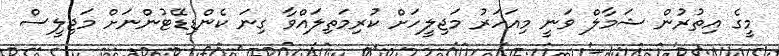
މީގެ އިތުރުން ޝަމާލް ވަނީ މިއަހަރު މަޖިލީހަށް ކުރިމަތިލައްވާ ގިނަ ކެންޑިޑޭޓުންނަށް މަޖިލީސް